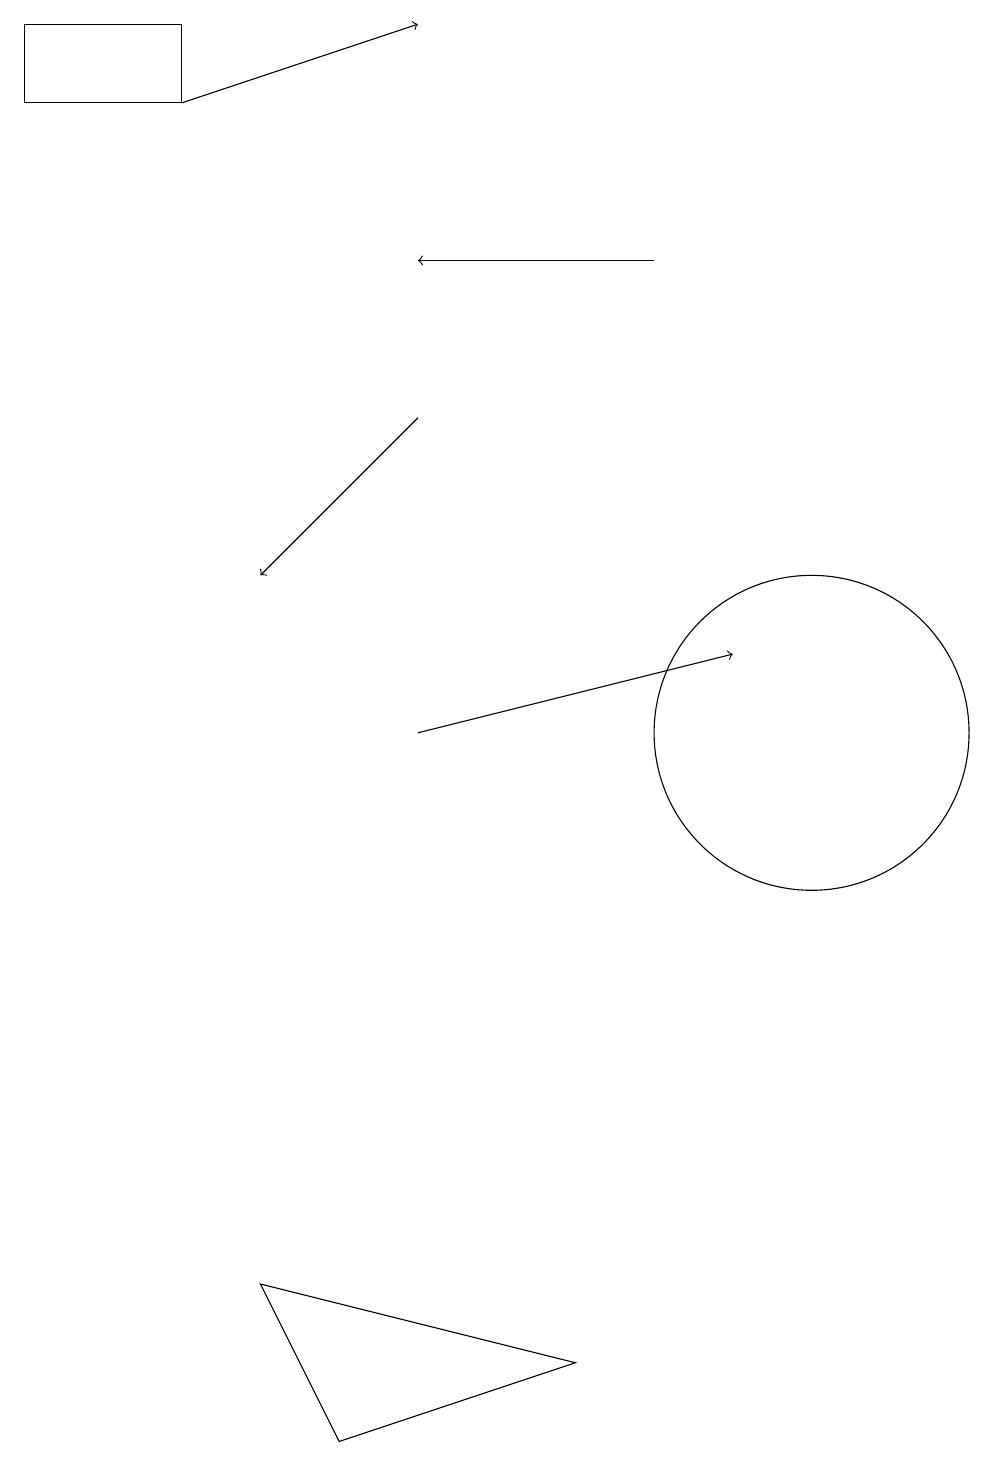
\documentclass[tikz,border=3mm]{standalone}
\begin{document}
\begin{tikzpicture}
\draw (11,11) circle (0);
\draw[->] (5,10) -- (9,11);
\draw (7,2) -- (3,3) -- (4,1) -- cycle;
\draw (10,10) circle (2);
\draw[->] (5,14) -- (3,12);
\draw[->] (2,18) -- (5,19);
\draw (0,19) rectangle (2,18);
\draw[->] (8,16) -- (5,16);
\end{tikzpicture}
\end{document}